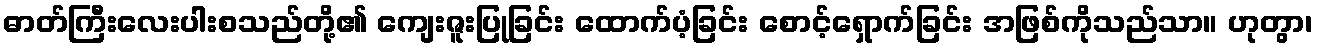
ဓာတ်ကြီးလေးပါးစသည်တို့၏ ကျေးဇူးပြုခြင်း ထောက်ပံ့ခြင်း စောင့်ရှောက်ခြင်း အဖြစ်ကိုသည်သာ။ ဟုတွာ၊